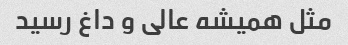
مثل همیشه عالی و داغ رسید